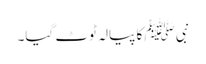
نبی ﷺ کا پیالہ ٹوٹ گیا۔